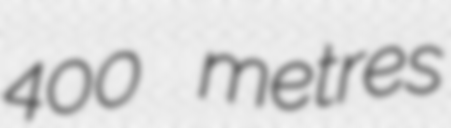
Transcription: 400 metres